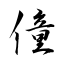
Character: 僮